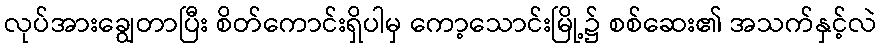
လုပ်အားချွေတာပြီး စိတ်ကောင်းရှိပါမှ ကော့သောင်းမြို့၌ စစ်ဆေး၏ အသက်နှင့်လဲ